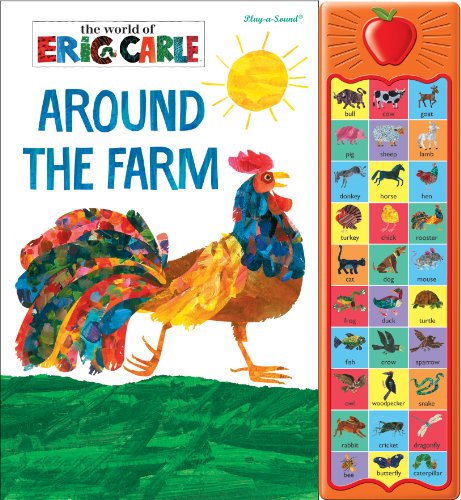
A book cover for Eric Carle: Around the Farm: Play-a-Sound; Children's Books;